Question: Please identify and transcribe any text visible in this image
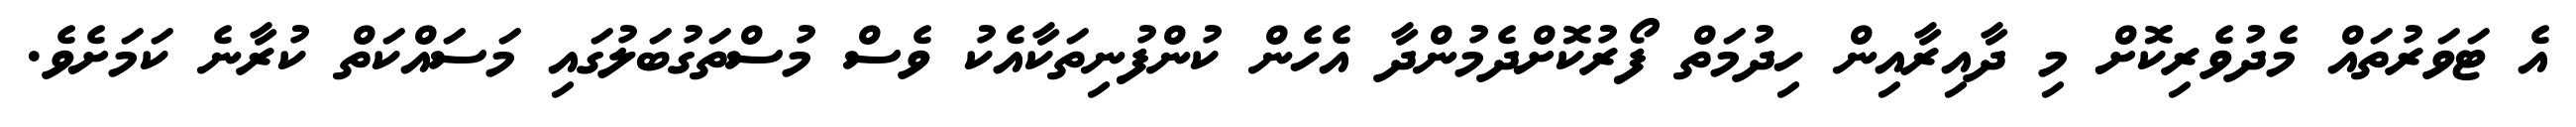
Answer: އެ ޓަވަރުތައް މެދުވެރިކޮށް މި ދާއިރާއިން ހިދުމަތް ފޯރުކޮށްދެމުންދާ އެހެން ކުންފުނިތަކާއެކު ވެސް މުސްތަގުބަލުގައި މަސައްކަތް ކުރާނެ ކަމަށެވެ.